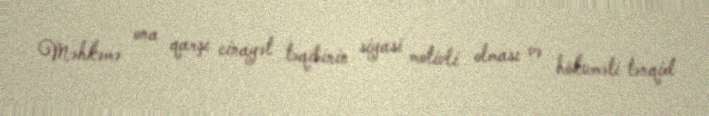
Məhkəmə ona qarşı cinayət təqibinin siyasi motivli olması və hökuməti tənqid